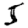
Digit: 5